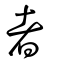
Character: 者